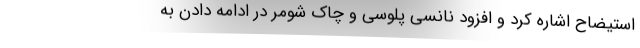
استیضاح اشاره کرد و افزود نانسی پلوسی و چاک شومر در ادامه دادن به